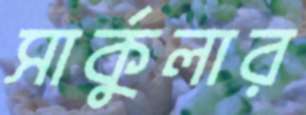
সার্কুলার